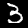
Digit: 3